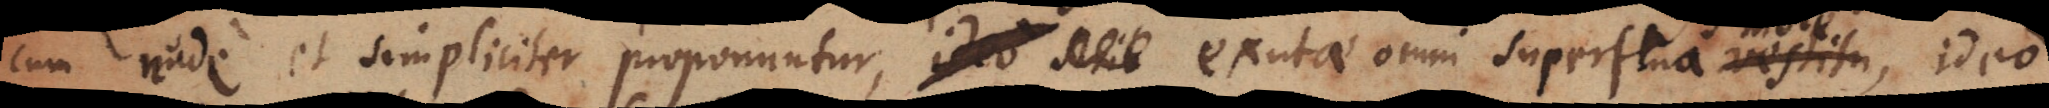
um nude et simpliciter proponuntur, exutae omni superflua, ideo